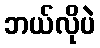
ဘယ်လိုပဲ